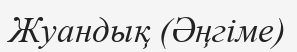
Жуандық (Әңгіме)